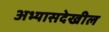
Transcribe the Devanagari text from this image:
अभ्यासदेखील